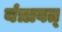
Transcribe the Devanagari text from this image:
यंत्रावत्